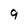
Character: 9